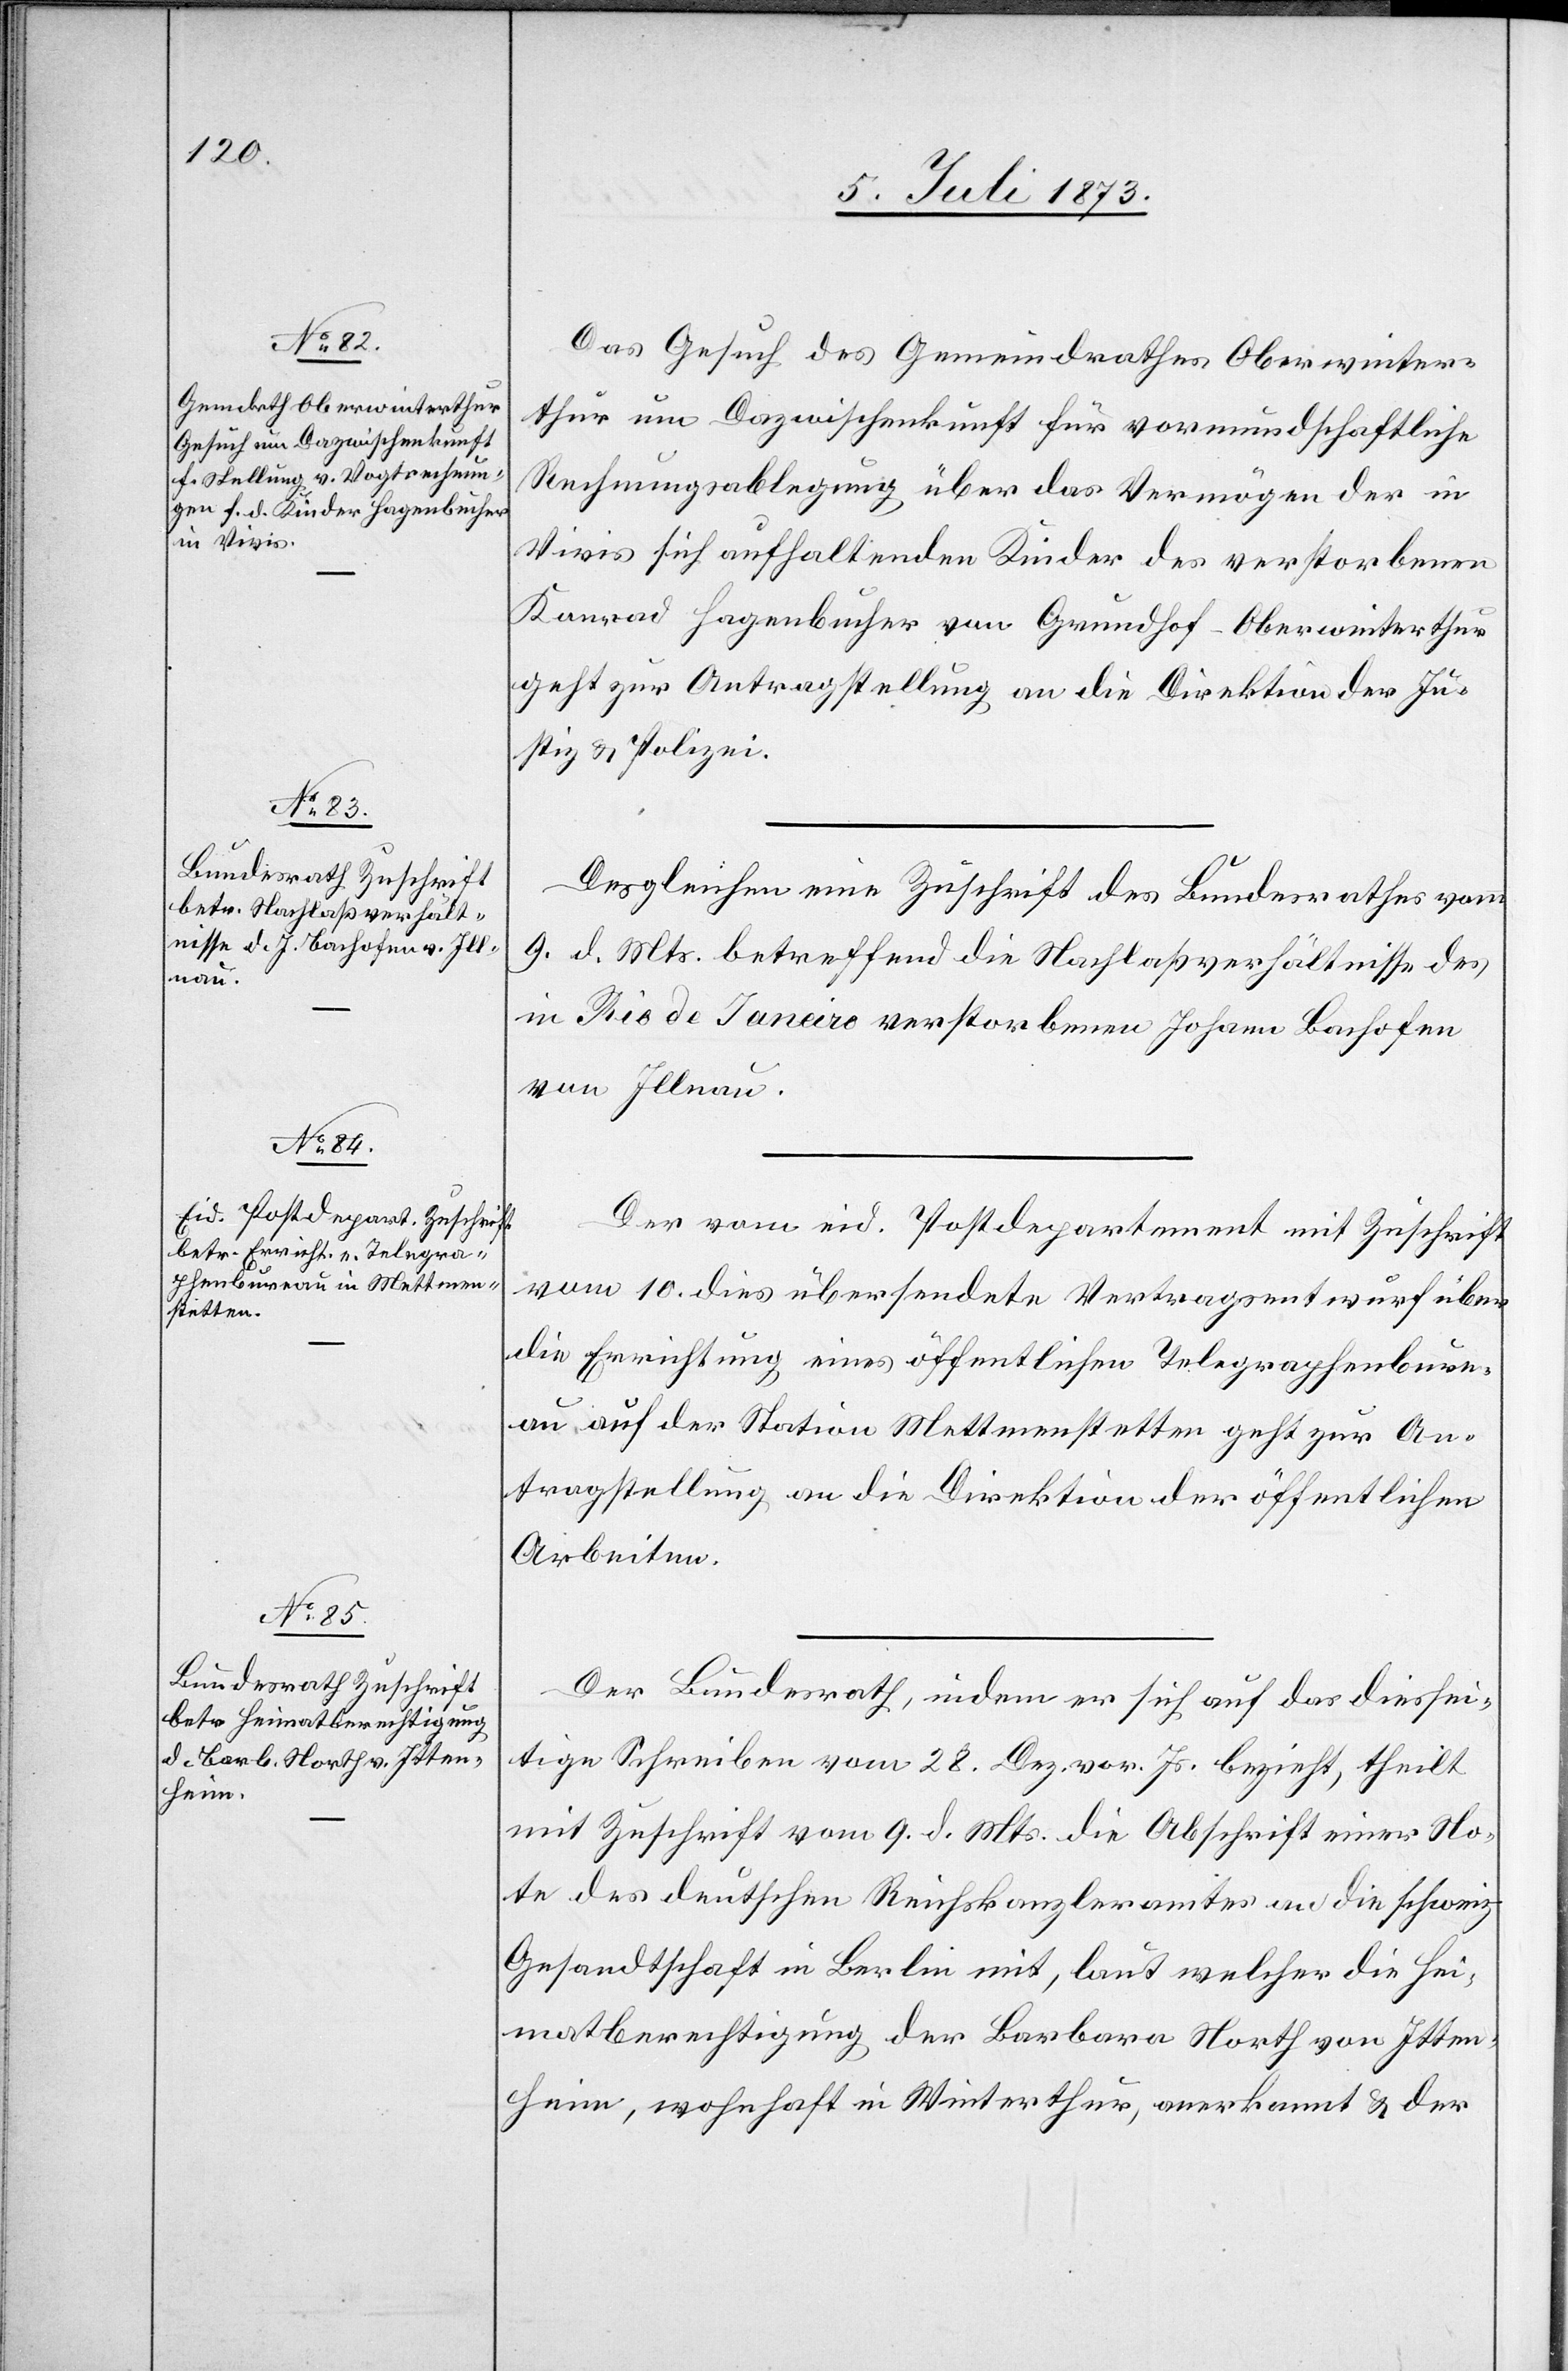
12. Juli 1873.]
Das Gesuch des Gemeindrathes Oberwinter¬
thur um Dazwischenkunft für vormundschaftliche
Rechnungsablegung über das Vermögen der in
Vivis sich aufhaltenden Kinder des verstorbenen
Konrad Hagenbucher von Grundhof-Oberwinterthur
geht zur Antragstellung an die Direktion der Ju¬
stiz & Polizei.
Desgleichen eine Zuschrift des Bundesrathes vom
9. d. Mts. betreffend die Nachlaßverhältnisse des
in Rio de Janeiro verstorbenen Johann Bachofen
von Illnau.
Der vom eid. Postdepartement mit Zuschrift
vom 10. dies übersendete Vertragsentwurf über
die Errichtung eines öffentlichen Telegraphenbure¬
au auf der Station Mettmenstetten geht zur An¬
tragstellung an die Direktion der öffentlichen
Arbeiten.
Der Bundesrath, indem er sich auf das diessei¬
tige Schreiben vom 28. Dez. vor. Js. bezieht, theilt
mit Zuschrift vom 9. d. Mts. die Abschrift einer No¬
te des deutschen Reichskanzleramtes an die schweiz.
Gesandtschaft in Berlin mit, laut welcher die Hei¬
matberechtigung der Barbara North von Itten¬
heim, wohnhaft in Winterthur, anerkannt & der